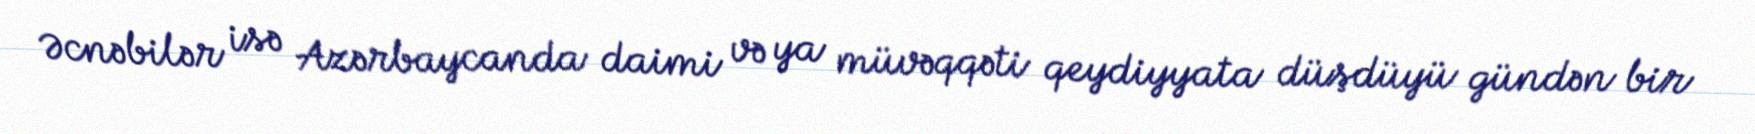
Əcnəbilər isə Azərbaycanda daimi və ya müvəqqəti qeydiyyata düşdüyü gündən bir